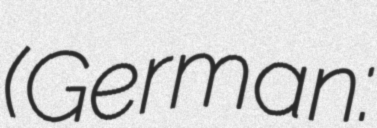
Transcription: (German: